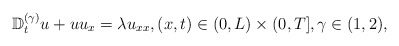
\begin{align*} \mathbb{D}_{t}^{(\gamma)}u+uu_x=\lambda u_{xx}, (x,t)\in (0,L)\times (0,T],\gamma\in (1, 2),\end{align*}